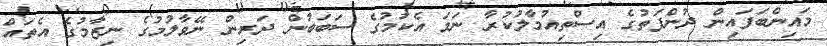
މައިންބަފައިން ދުންފަތުގެ އިސްތިއުމާލުކުރާ ނަމަ އެކަމުގެ ސަބަބުން ދަރިން ނޭވާލުމުގެ ނިޒާމުގެ އެތައް